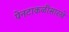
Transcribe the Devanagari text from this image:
पेनटाकळीसारखे